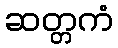
ဆတ္တကံ